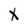
Character: X